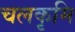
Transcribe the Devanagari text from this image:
चलकृमि